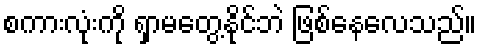
စကားလုံးကို ရှာမတွေ့နိုင်ဘဲ ဖြစ်နေလေသည်။